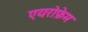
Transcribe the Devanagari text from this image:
एयरोफ्रेम